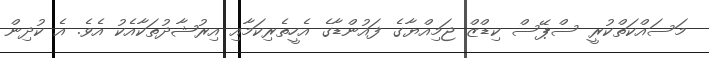
މަސައްކަތްކުރީ ސްޕޭސް ކިޑްޒް ޖަމިއްޔާގެ ފައުންޑާގެ އެހީތެރިކަމާއި އިރުޝާދުތަކާއެކު އެވެ. އެ ކުދިން